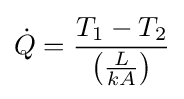
{\dot {Q}}={\frac {T_{1}-T_{2}}{\left({\frac {L}{kA}}\right)}}